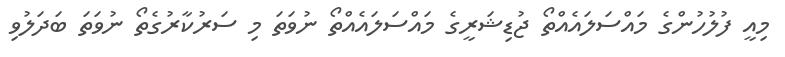
މިއީ ފުލުހުންގެ މައްސަލައެއްތޯ ޖުޑިޝަރީގެ މައްސަލައެއްތޯ ނުވަތަ މި ސަރުކާރުގެތޯ ނުވަތަ ބަދަލުވި